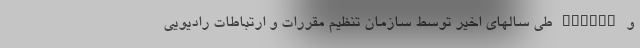
و SERVCO طی سالهای اخیر توسط سازمان تنظیم مقررات و ارتباطات رادیویی